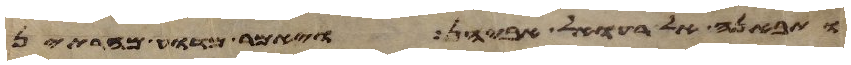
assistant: ותבאנה אל רעואל אביהן ויאמר מדוע מהרתן